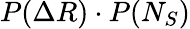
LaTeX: P(\Delta R)\cdot P(N_{S})